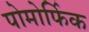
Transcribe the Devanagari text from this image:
पोमोर्फिक